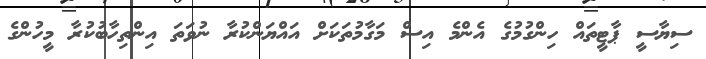
ސިޔާސީ ޕާޓީތައް ހިންގުމުގެ އެންމެ އިސް މަގާމުތަކަށް އައްޔަންކުރާ ނުވަތަ އިންތިހާބުކުރާ މީހުންގެ